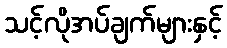
သင့်လိုအပ်ချက်များနှင့်